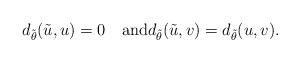
LaTeX: \begin{align*}d_{\tilde{\theta}}(\tilde{u}, u)=0\quad\mbox{and}d_{\tilde{\theta}}(\tilde{u}, v)=d_{\tilde{\theta}}(u, v).\end{align*}